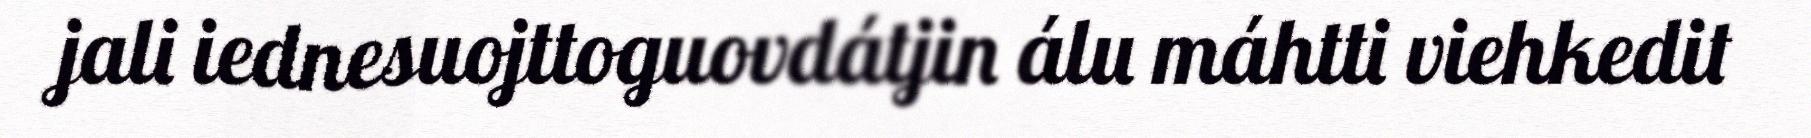
jali iednesuojttoguovdátjin álu máhtti viehkedit